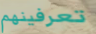
تعرفينهم